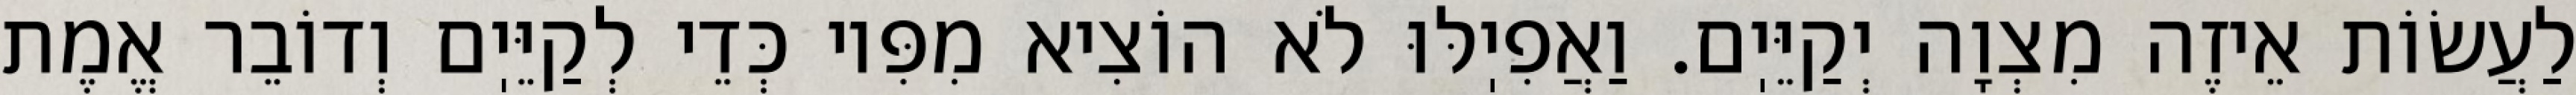
לַעֲשׂוֹת אֵיזֶה מִצְוָה יְקַיֵּיֽם. וַאֲפִיֽלּוּ לֹא הוֹצִיא מִפִּיו כְּדֵי לְקַיֵּיֽם וְדוֹבֵר אֱמֶת